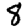
Digit: 8